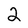
Character: 2